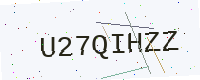
Text: U27QIHZZ